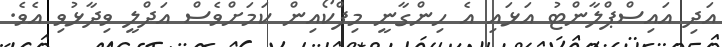
އަދި އައިސްޕްލާންޓު އަޅައި އެ ހިންގާނީ މިފްކޯއިން ކަމަށްވެސް އަދްލީ ވިދާޅުވި އެވެ.